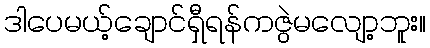
ဒါပေမယ့်ချောင်ရှီရန်ကဇွဲမလျော့ဘူး။